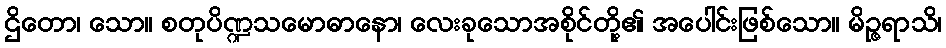
ဌိတော၊ သော။ စတုပိဏ္ဍသမောဓာနော၊ လေးခုသောအစိုင်တို့၏ အပေါင်းဖြစ်သော။ မိဉ္ဇရာသိ၊